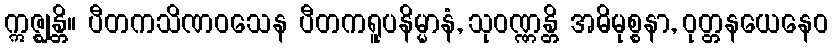
ဣဇ္ဈန္တိ။ ပီတကသိဏဝသေန ပီတကရူပနိမ္မာနံ, သုဝဏ္ဏန္တိ အဓိမုစ္စနာ, ဝုတ္တနယေနေဝ